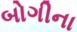
બોગીના